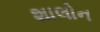
શાલોન